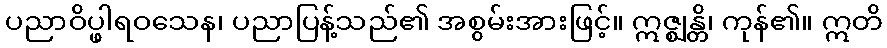
ပညာဝိပ္ဖါရဝသေန၊ ပညာပြန့်သည်၏ အစွမ်းအားဖြင့်။ ဣဇ္ဈန္တိ၊ ကုန်၏။ ဣတိ